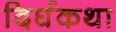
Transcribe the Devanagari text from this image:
दिर्घकथा